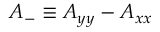
A _ { - } \equiv A _ { y y } - A _ { x x }